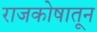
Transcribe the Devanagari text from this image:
राजकोषातून